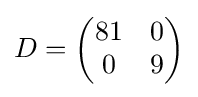
D={\begin{pmatrix}81&0\\0&9\end{pmatrix}}